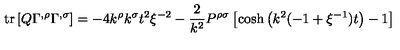
\mathrm { t r } \left[ Q \Gamma ^ { , \rho } \Gamma ^ { , \sigma } \right] = - 4 k ^ { \rho } k ^ { \sigma } t ^ { 2 } \xi ^ { - 2 } - \frac { 2 } { k ^ { 2 } } P ^ { \rho \sigma } \left[ \cosh \left( k ^ { 2 } ( - 1 + \xi ^ { - 1 } ) t \right) - 1 \right]